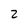
Character: 2